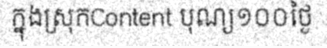
ក្នុងស្រុកContent បុណ្យ១០០ថ្ងៃ